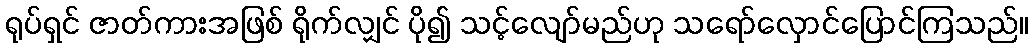
ရုပ်ရှင် ဇာတ်ကားအဖြစ် ရိုက်လျှင် ပို၍ သင့်လျော်မည်ဟု သရော်လှောင်ပြောင်ကြသည်။